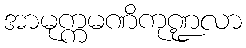
အာမုက္ကမဏိကုဏ္ဍလာ